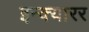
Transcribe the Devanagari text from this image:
इन्क्यारर